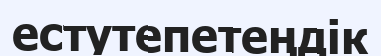
естутепетеңдік